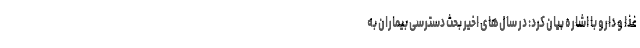
غذا و دارو با اشاره بیان کرد: در سال‌های اخیر بحث دسترسی بیماران به